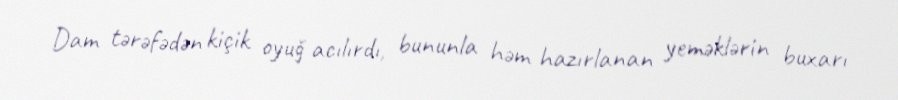
Dam tərəfədən kiçik oyuğ acılırdı, bununla həm hazırlanan yeməklərin buxarı